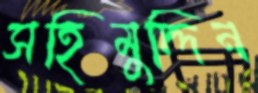
সহিমুদ্দিন